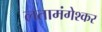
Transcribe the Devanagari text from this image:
लतामंगेश्कर